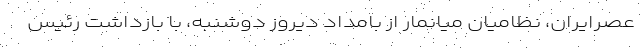
عصرایران، نظامیان میانمار از بامداد دیروز دوشنبه، با بازداشت رئیس